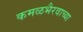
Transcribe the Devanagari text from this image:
कमळभैरवाच्या